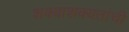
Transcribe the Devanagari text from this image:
शक्याशक्यतांची